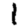
Digit: 1